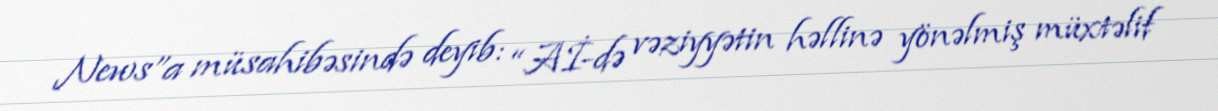
News”a müsahibəsində deyib: “Aİ-də vəziyyətin həllinə yönəlmiş müxtəlif